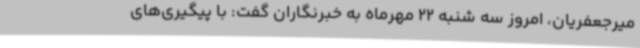
میرجعفریان، امروز سه شنبه 22 مهرماه به خبرنگاران گفت: با پیگیری‌های